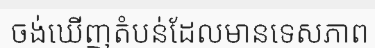
ចង់ឃើញតំបន់ដែលមានទេសភាព